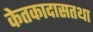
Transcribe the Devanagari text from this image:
केतकादासतथा